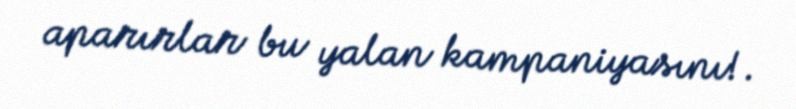
aparırlar bu yalan kampaniyasını!.